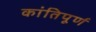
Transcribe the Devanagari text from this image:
कांतिपूर्ण